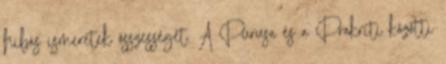
hibás ismeretek összességét. A Purusa és a Prakriti közötti